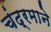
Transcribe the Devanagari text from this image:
चंद्रमाने